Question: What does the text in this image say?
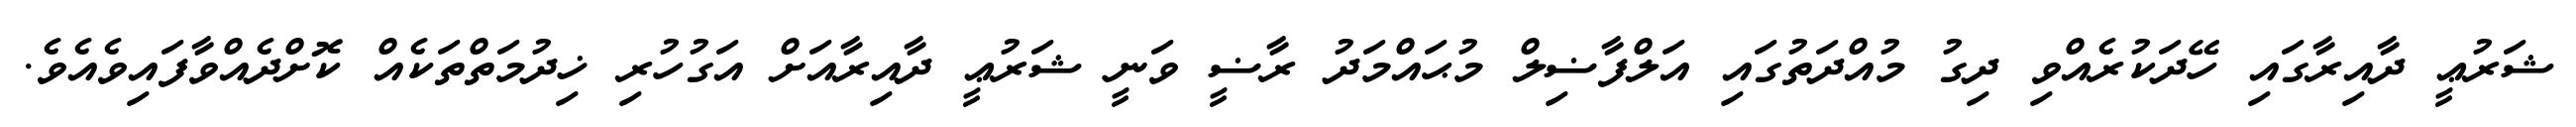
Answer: ޝަރުޢީ ދާއިރާގައި ހޭދަކުރެއްވި ދިގު މުއްދަތުގައި އަލްފާޟިލް މުޙައްމަދު ރާޟީ ވަނީ ޝަރުޢީ ދާއިރާއަށް އަގުހުރި ޚިދުމަތްތަކެއް ކޮށްދެއްވާފައިވެއެވެ.